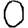
Digit: 0